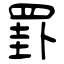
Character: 罫